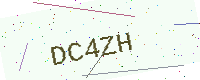
Text: DC4ZH